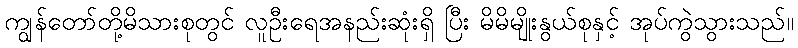
ကျွန်တော်တို့မိသားစုတွင် လူဦးရေအနည်းဆုံးရှိ ပြီး မိမိမျိုးနွယ်စုနှင့် အုပ်ကွဲသွားသည်။